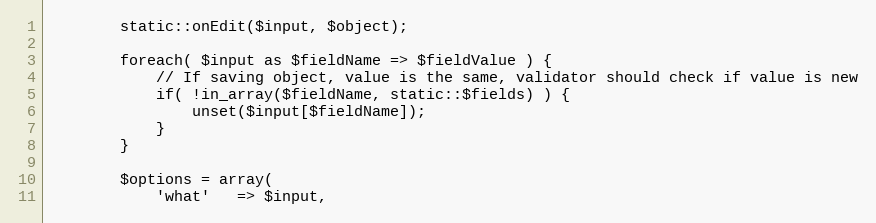
Language: PHP
		static::onEdit($input, $object);

		foreach( $input as $fieldName => $fieldValue ) {
			// If saving object, value is the same, validator should check if value is new
			if( !in_array($fieldName, static::$fields) ) {
				unset($input[$fieldName]);
			}
		}

		$options = array(
			'what'   => $input,